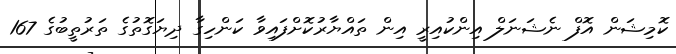
ކޮމިޝަން އޮފް ނެޝަނަލް އިންކުއިރީ އިން ތައްޔާރުކޮށްފައިވާ ކަންހިގާ ދިޔަގޮތުގެ ތަރުތީބުގެ 167